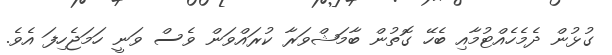
ގުޅުން ދެމެހެއްޓުމާއި ބެހޭ ގޮތުން ބާމަޝްވަރާ ކުރައްވަން ވެސް ވަނީ ހަމަޖެހިފަ އެވެ.